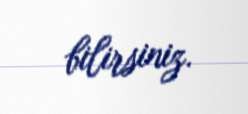
bilirsiniz.